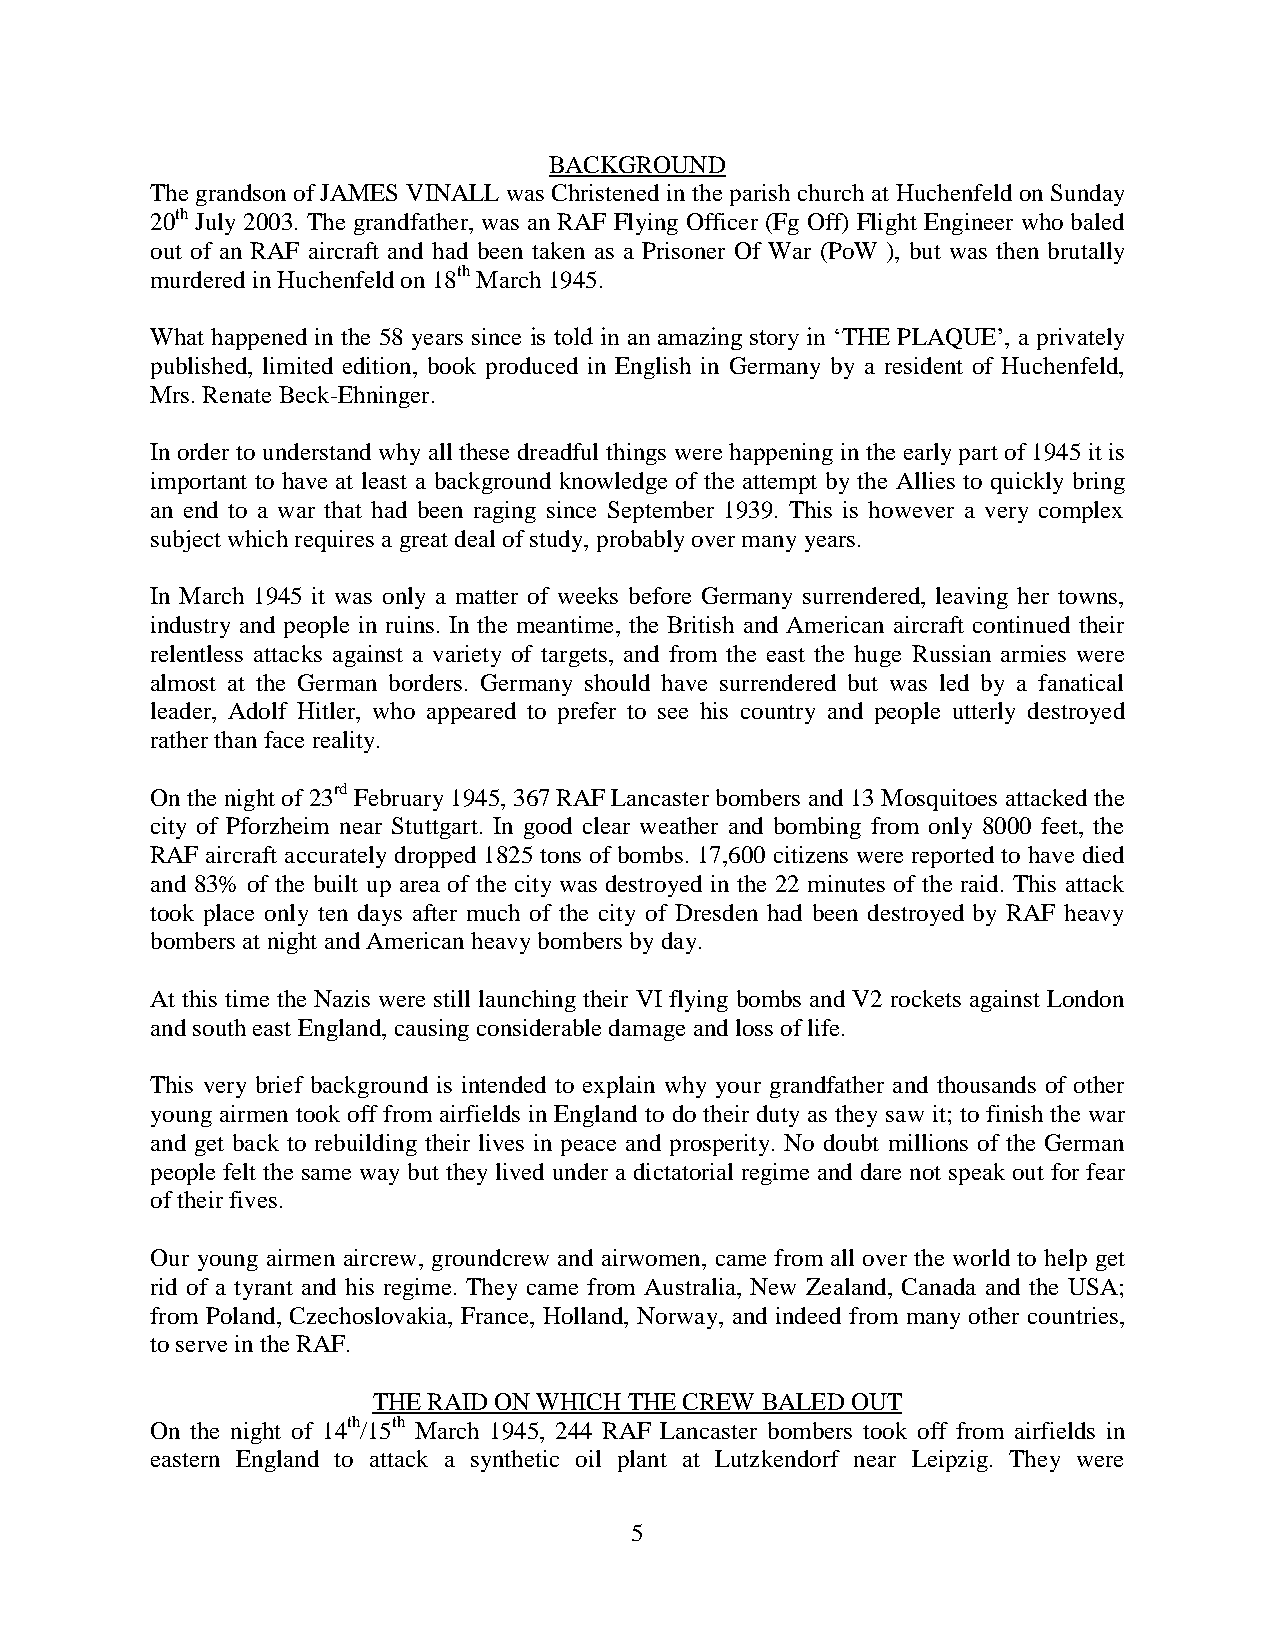
BACKGROUND
 The grandson of JAMES VINALL was Christened in the parish church at Huchenfeld on Sunday
 20th July 2003. The grandfather, was an RAF Flying Officer (Fg Off) Flight Engineer who baled
 out of an RAF aircraft and had been taken as a Prisoner Of War (PoW ), but was then brutally
 murdered in Huchenfeld on 18th March 1945.
 What happened in the 58 years since is told in an amazing story in ‘THE PLAQUE’, a privately
 published, limited edition, book produced in English in Germany by a resident of Huchenfeld,
 Mrs. Renate Beck-Ehninger.
 In order to understand why all these dreadful things were happening in the early part of 1945 it is
 important to have at least a background knowledge of the attempt by the Allies to quickly bring
 an end to a war that had been raging since September 1939. This is however a very complex
 subject which requires a great deal of study, probably over many years.
 In March 1945 it was only a matter of weeks before Germany surrendered, leaving her towns,
 industry and people in ruins. In the meantime, the British and American aircraft continued their
 relentless attacks against a variety of targets, and from the east the huge Russian armies were
 almost at the German borders. Germany should have surrendered but was led by a fanatical
 leader, Adolf Hitler, who appeared to prefer to see his country and people utterly destroyed
 rather than face reality.
 On the night of 23rd February 1945, 367 RAF Lancaster bombers and 13 Mosquitoes attacked the
 city of Pforzheim near Stuttgart. In good clear weather and bombing from only 8000 feet, the
 RAF aircraft accurately dropped 1825 tons of bombs. 17,600 citizens were reported to have died
 and 83% of the built up area of the city was destroyed in the 22 minutes of the raid. This attack
 took place only ten days after much of the city of Dresden had been destroyed by RAF heavy
 bombers at night and American heavy bombers by day.
 At this time the Nazis were still launching their VI flying bombs and V2 rockets against London
 and south east England, causing considerable damage and loss of life.
 This very brief background is intended to explain why your grandfather and thousands of other
 young airmen took off from airfields in England to do their duty as they saw it; to finish the war
 and get back to rebuilding their lives in peace and prosperity. No doubt millions of the German
 people felt the same way but they lived under a dictatorial regime and dare not speak out for fear
 of their fives.
 Our young airmen aircrew, groundcrew and airwomen, came from all over the world to help get
 rid of a tyrant and his regime. They came from Australia, New Zealand, Canada and the USA;
 from Poland, Czechoslovakia, France, Holland, Norway, and indeed from many other countries,
 to serve in the RAF.
 THE RAID ON WHICH THE CREW BALED OUT
 On the night of 14th/15th March 1945, 244 RAF Lancaster bombers took off from airfields in
 eastern England to attack a synthetic oil plant at Lutzkendorf near Leipzig. They were
 5